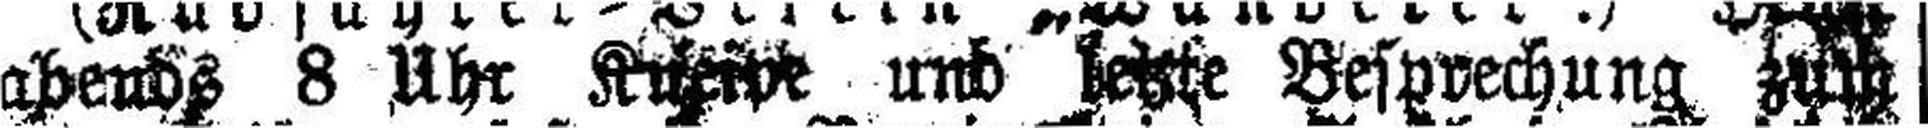
abends 8 Uhr Kuerpe und beste Besprechung zum